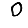
Digit: 0